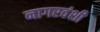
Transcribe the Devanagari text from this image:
नागरवंशी